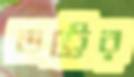
ভট্টের